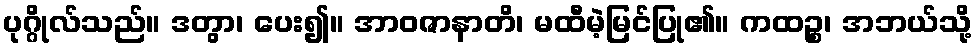
ပုဂ္ဂိုလ်သည်။ ဒတွာ၊ ပေး၍။ အာဝဇာနာတိ၊ မထီမဲ့မြင်ပြု၏။ ကထဉ္စ၊ အဘယ်သို့